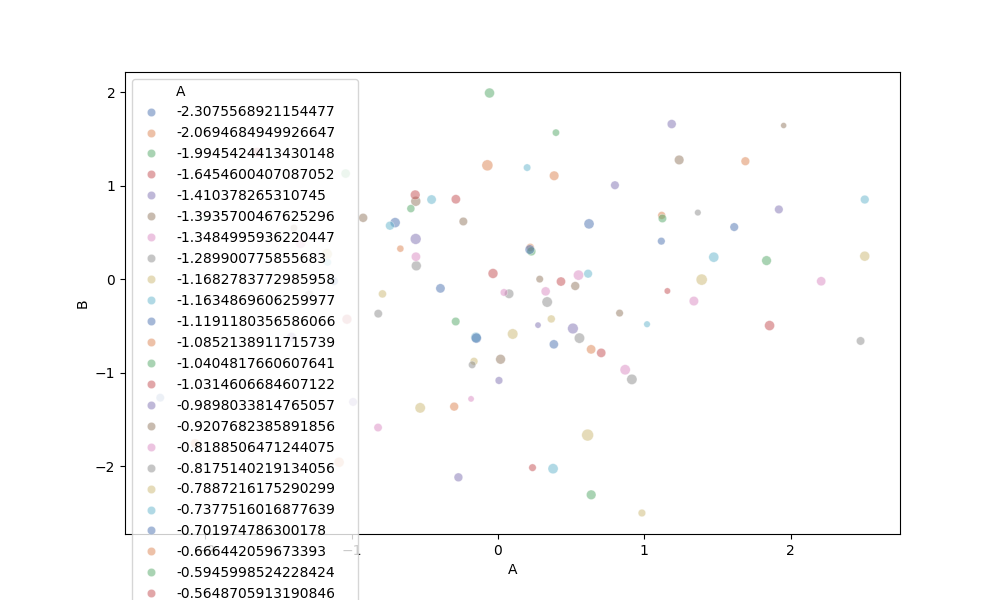
python, seaborn, scatterplot, hue='A', style='None', size='C', palette='deep', alpha=0.5